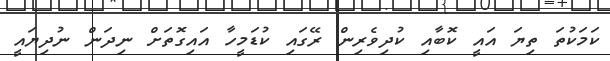
ކަމަކުތަ ތިޔަ އައީ ކޮބާއި ކުދިވެރިން ރޭގައި ކުޑަމީހާ އައިގޮތަށް ނިދަން ނުދިޔައީ